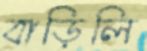
বাড়িলি